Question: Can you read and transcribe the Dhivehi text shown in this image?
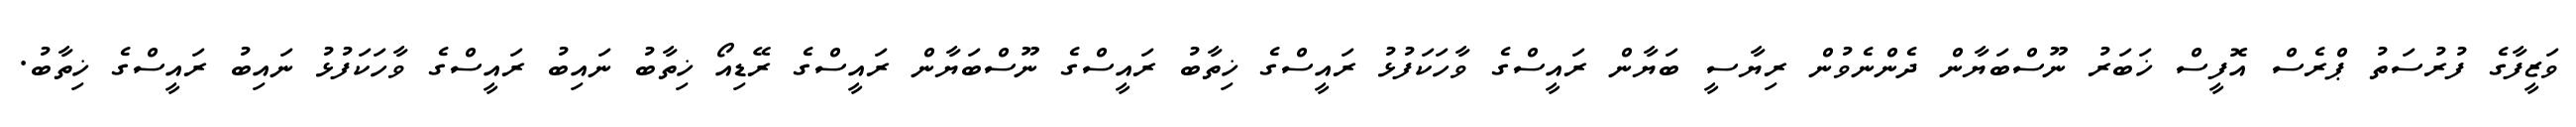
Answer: ވަޒީފާގެ ފުރުސަތު ޕްރެސް އޮފީސް ޚަބަރު ނޫސްބަޔާން ދެންނެވުން ރިޔާސީ ބަޔާން ރައީސްގެ ވާހަކަފުޅު ރައީސްގެ ޚިތާބު ރައީސްގެ ނޫސްބަޔާން ރައީސްގެ ރޭޑިއޯ ޚިތާބު ނައިބު ރައީސްގެ ވާހަކަފުޅު ނައިބު ރައީސްގެ ޚިތާބު.